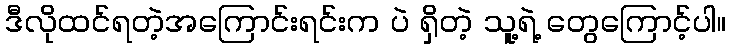
ဒီလိုထင်ရတဲ့အကြောင်းရင်းက ပဲ ရှိတဲ့ သူ့ရဲ့ တွေကြောင့်ပါ။